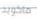
ماكويد